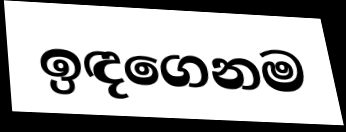
ඉඳගෙනම